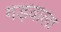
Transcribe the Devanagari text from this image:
गड़वाला